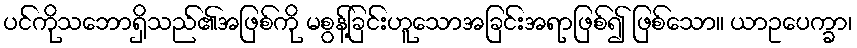
ပင်ကိုသဘောရှိသည်၏အဖြစ်ကို မစွန့်ခြင်းဟူသောအခြင်းအရာဖြစ်၍ ဖြစ်သော။ ယာဥပေက္ခာ၊